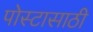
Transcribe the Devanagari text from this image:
पोस्टासाठी